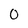
Character: 0